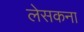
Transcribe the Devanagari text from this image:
लेसकना